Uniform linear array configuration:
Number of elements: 8
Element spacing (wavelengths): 0.5
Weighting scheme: hamming
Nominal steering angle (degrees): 0
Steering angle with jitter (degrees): -1.893
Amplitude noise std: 0.05
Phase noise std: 0.05

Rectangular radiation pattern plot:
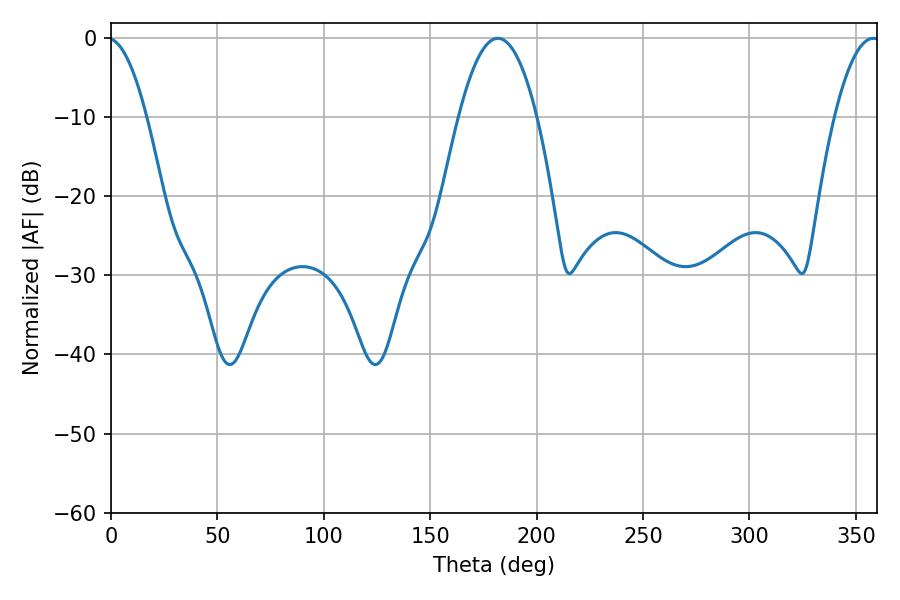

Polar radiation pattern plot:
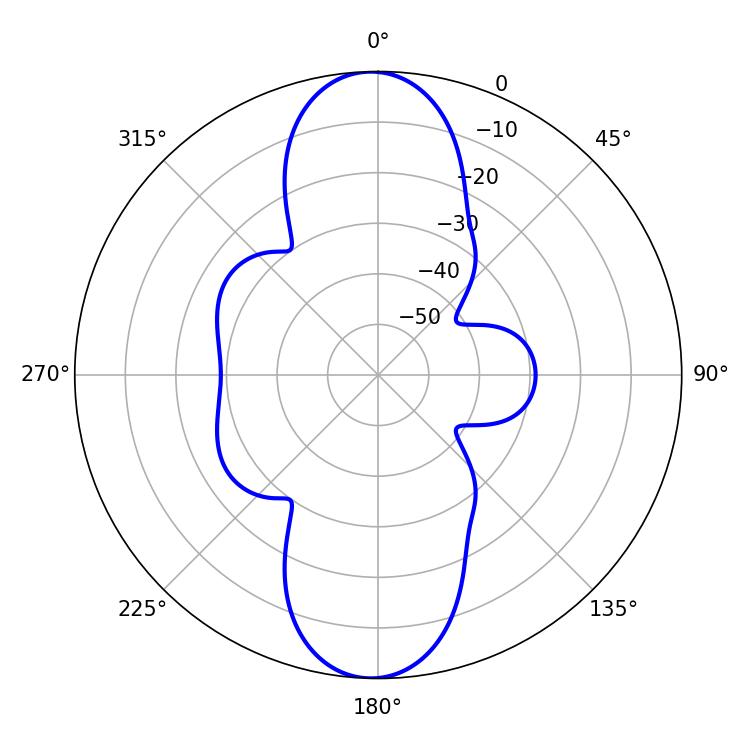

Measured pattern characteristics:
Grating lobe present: FALSE
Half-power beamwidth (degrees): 20.16
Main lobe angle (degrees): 181.8